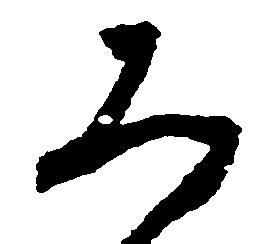
み